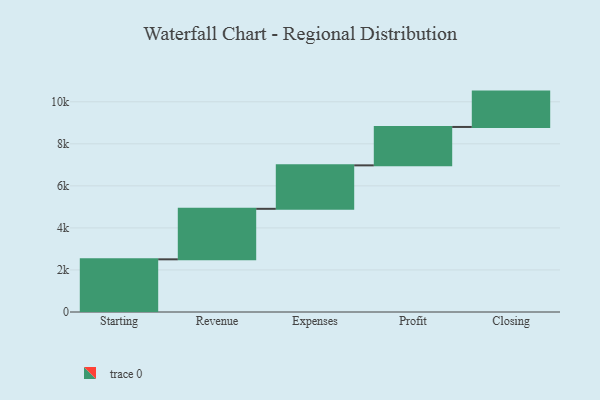
{"axis": {"x": "Step", "y": "Value"}, "legend": [""], "data": [{"x": "Starting", "y": 2506.0, "type": ""}, {"x": "Revenue", "y": 2402.0, "type": ""}, {"x": "Expenses", "y": 2068.0, "type": ""}, {"x": "Profit", "y": 1826.0, "type": ""}, {"x": "Closing", "y": 1682.0, "type": ""}]}